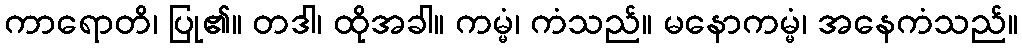
ကာရောတိ၊ ပြု၏။ တဒါ၊ ထိုအခါ။ ကမ္မံ၊ ကံသည်။ မနောကမ္မံ၊ အနေကံသည်။